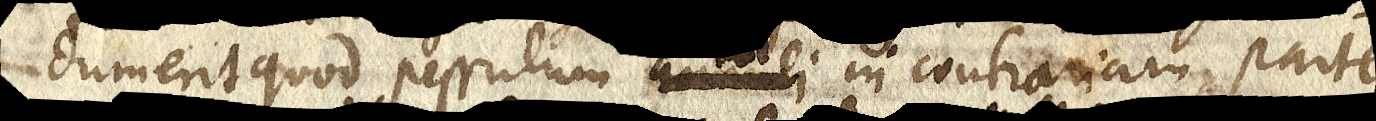
dum erit quod pessulum annuli in contrariam partem